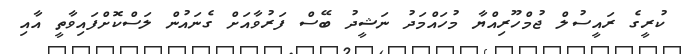
ކުރީގެ ރައީސުލް ޖުމްހޫރިއްޔާ މުހައްމަދު ނަޝީދު ބޭސް ފަރުވާއަށް ގެނައުން ލަސްކޮށްފައިވާތީ އާއި